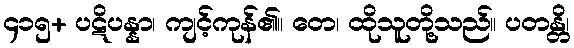
၄၁၅+ ပဋိပန္နာ၊ ကျင့်ကုန်၏။ တေ၊ ထိုသူတို့သည်။ ပတန္တိ၊